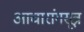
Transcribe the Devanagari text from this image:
आचारांगसूत्र